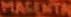
MACENTA